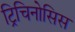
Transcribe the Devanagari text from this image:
ट्रिचिनोसिस